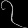
Digit: ၇